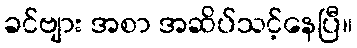
ခင်ဗျား အစာ အဆိပ်သင့်နေပြီ။